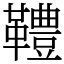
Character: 䪆